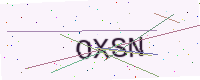
Text: OXSN